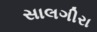
સાલગીરા